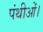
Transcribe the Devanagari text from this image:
पंथीओं।